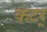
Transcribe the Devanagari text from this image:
कटर्‌